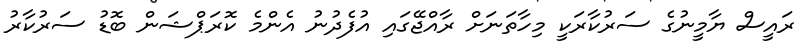
ރައީސް ޔާމީނުގެ ސަރުކާރަކީ މިހާތަނަށް ރާއްޖޭގައި އުފެދުނު އެންމެ ކޮރަޕްޝަން ބޮޑު ސަރުކާރު